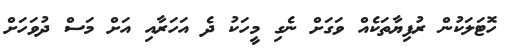
ހޮޓަލަކުން ރުފިޔާތަކެއް ވަގަށް ނެގި މީހަކު ދެ އަހަރާއި އަށް މަސް ދުވަހަށް